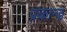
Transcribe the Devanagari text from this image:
प्रकान्ड